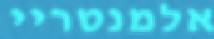
אלמנטריי